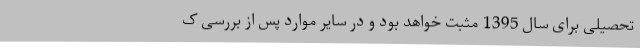
تحصیلی برای سال 1395 مثبت خواهد بود و در سایر موارد پس از بررسی ک